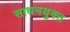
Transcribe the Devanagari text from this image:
साधनयुक्त